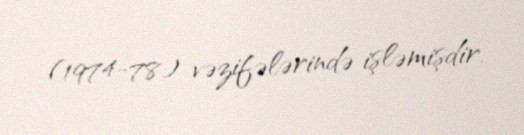
(1974-78) vəzifələrində işləmişdir.